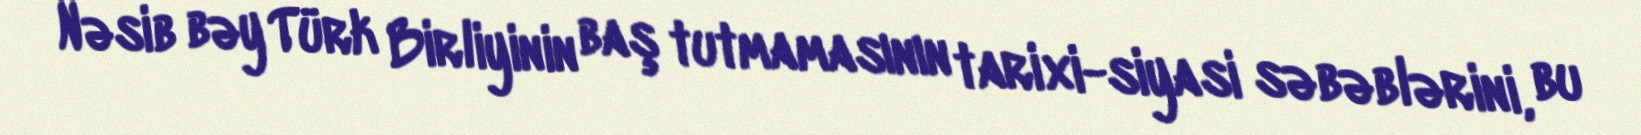
Nəsib bəy Türk Birliyinin baş tutmamasının tarixi-siyasi səbəblərini, bu